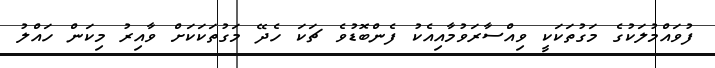
ފުވައްމުލަކުގެ މަގުތަކަކީ ވިއްސާރަވުމާއިއެކު ފެންބޮޑުވެ ޗަކަ ހެދޭ މަގުތަކަކަށް ވާއިރު މިކަން ހައްލު